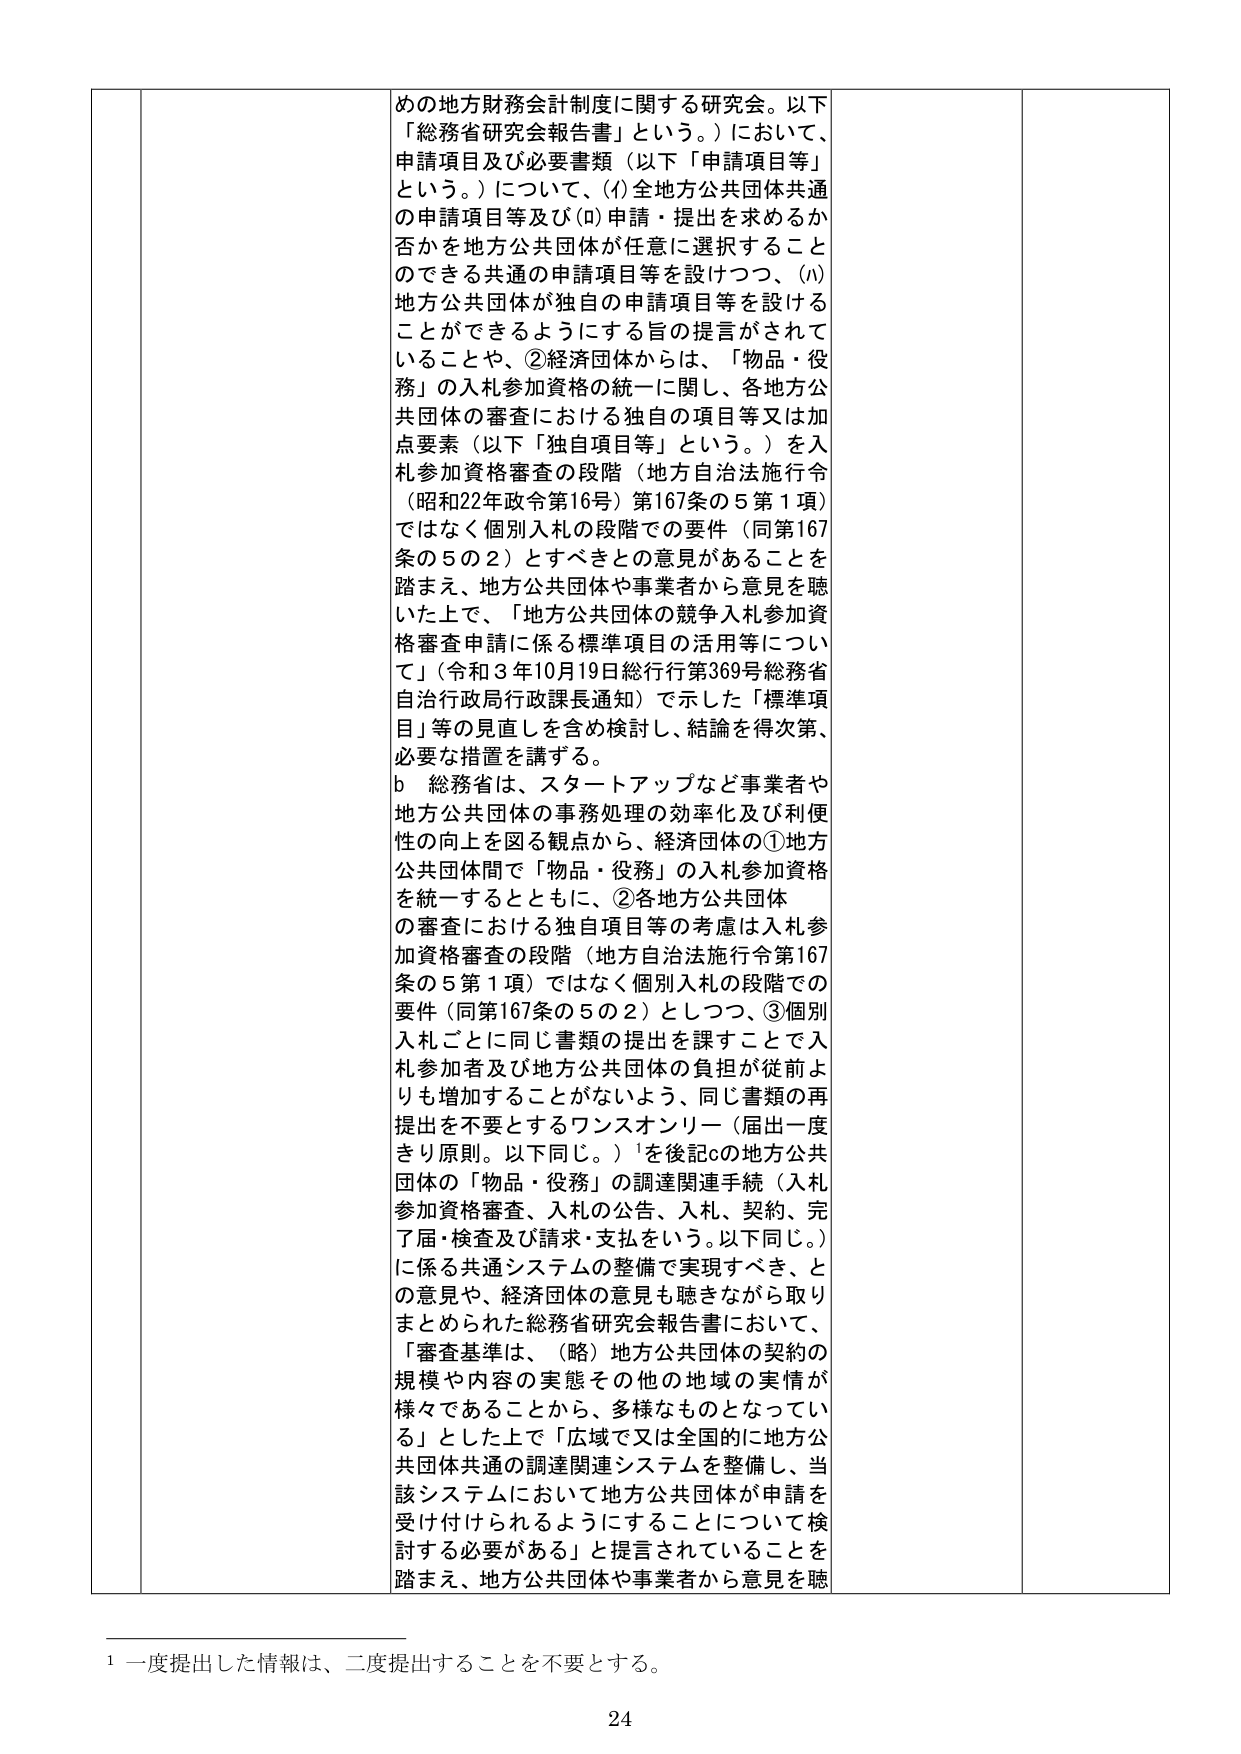
めの地方財務会計制度に関する研究会。以下「総務省研究会報告書」という。）において、申請項目及び必要書類（以下「申請項目等」という。）について、(i) 全地方公共団体共通の申請項目等及び (ii) 申請・提出を求めるか否かを地方公共団体が任意に選択することのできる共通の申請項目等を設けつつ、(ⅲ) 地方公共団体が独自の申請項目等を設けることができるようにする旨の提言がされていることや、②経済団体からは、「物品・役務」の入札参加資格の統一に関し、各地方公共団体の審査における独自の項目等又は加点要素（以下「独自項目等」という。）を入札参加資格審査の段階（地方自治法施行令（昭和22年政令第16号）第167条の5第1項）ではなく個別入札の段階での要件（同第167条の5の2）とすべきとの意見があることを踏まえ、地方公共団体や事業者から意見を聴いた上で、「地方公共団体の競争入札参加資格審査申請に係る標準項目の活用等について」（令和3年10月19日総行行第369号総務省自治行政局行政課長通知）で示した「標準項目」等の見直しを含め検討し、結論を得次第、必要な措置を講ずる。

b 総務省は、スタートアップなど事業者や地方公共団体の事務処理の効率化及び利便性の向上を図る観点から、経済団体の①地方公共団体間で「物品・役務」の入札参加資格を統一するとともに、②各地方公共団体の審査における独自項目等の考慮は入札参加資格審査の段階（地方自治法施行令第167条の5第1項）ではなく個別入札の段階での要件（同第167条の5の2）としつつ、③個別入札ごとに同じ書類の提出を課すことで入札参加者及び地方公共団体の負担が従前よりも増加することがないよう、同じ書類の再提出を不要とするワンスオンリー（届出一度きり原則。以下同じ。）¹を後記cの地方公共団体の「物品・役務」の調達関連手続（入札参加資格審査、入札の公告、入札、契約、完了届・検査及び請求・支払をいう。以下同じ。）に係る共通システムの整備で実現すべき、との意見や、経済団体の意見も聴きながら取りまとめられた総務省研究会報告書において、「審査基準は、（略）地方公共団体の契約の規模や内容の実態その他の地域の実情が様々であることから、多様なものとなっている」とした上で「広域で又は全国的に地方公共団体共通の調達関連システムを整備し、当該システムにおいて地方公共団体が申請を受け付けられるようにすることについて検討する必要がある」と提言されていることを踏まえ、地方公共団体や事業者から意見を聴

¹ 一度提出した情報は、二度提出することを不要とする。

24